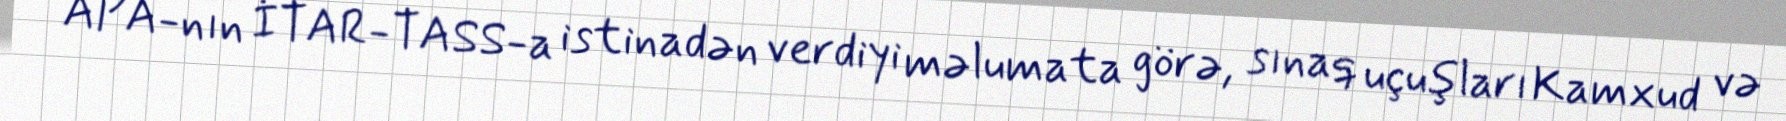
APA-nın İTAR-TASS-a istinadən verdiyi məlumata görə, sınaq uçuşları Kamxud və